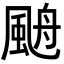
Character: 𩗋